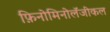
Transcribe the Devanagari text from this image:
फ़िनोमिनोलॅजीकल